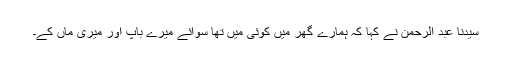
سیدنا عبد الرحمنؓ نے کہا کہ ہمارے گھر میں کوئی مَیں تھا سوائے میرے باپ اور میری ماں کے۔